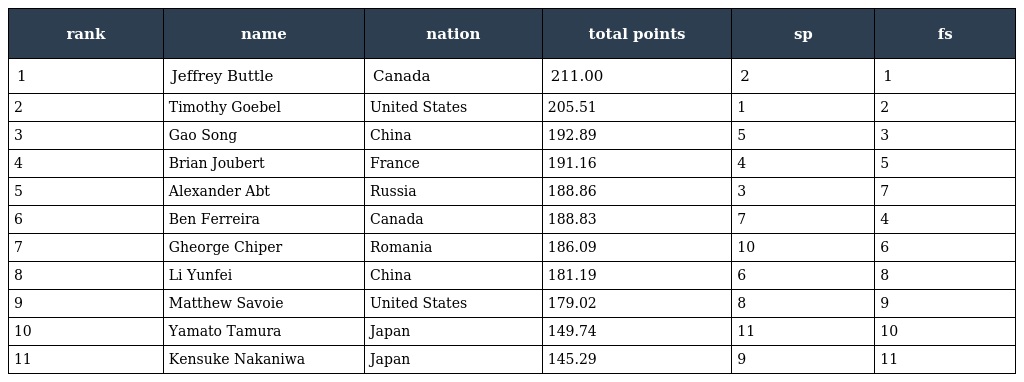
| rank | name | nation | total points | sp | fs |
 | --- | --- | --- | --- | --- | --- |
 | 1 | Jeffrey Buttle | Canada | 211.00 | 2 | 1 |
 | 2 | Timothy Goebel | United States | 205.51 | 1 | 2 |
 | 3 | Gao Song | China | 192.89 | 5 | 3 |
 | 4 | Brian Joubert | France | 191.16 | 4 | 5 |
 | 5 | Alexander Abt | Russia | 188.86 | 3 | 7 |
 | 6 | Ben Ferreira | Canada | 188.83 | 7 | 4 |
 | 7 | Gheorge Chiper | Romania | 186.09 | 10 | 6 |
 | 8 | Li Yunfei | China | 181.19 | 6 | 8 |
 | 9 | Matthew Savoie | United States | 179.02 | 8 | 9 |
 | 10 | Yamato Tamura | Japan | 149.74 | 11 | 10 |
 | 11 | Kensuke Nakaniwa | Japan | 145.29 | 9 | 11 |